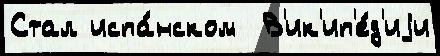
Стал испа́нском  В'ик'ип'е́д'иjи